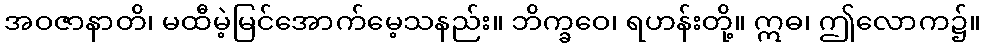
အဝဇာနာတိ၊ မထီမဲ့မြင်အောက်မေ့သနည်း။ ဘိက္ခဝေ၊ ရဟန်းတို့။ ဣဓ၊ ဤလောက၌။